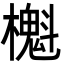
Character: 櫆